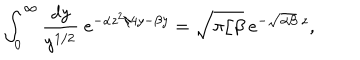
LaTeX: \int _ { 0 } ^ { \infty } \frac { d y } { y ^ { 1 / 2 } } ~ e ^ { - \alpha z ^ { 2 } / 4 y - \beta y } = \sqrt { \pi / \beta } ~ e ^ { - \sqrt { \alpha \beta } ~ z } ,